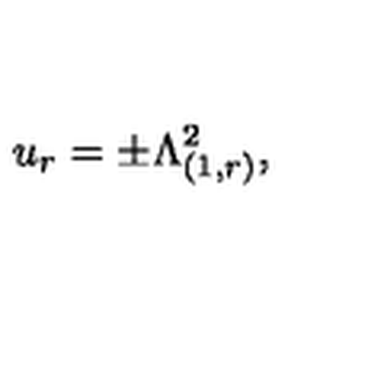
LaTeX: u _ { r } = \pm \Lambda _ { ( 1 , r ) } ^ { 2 } ,